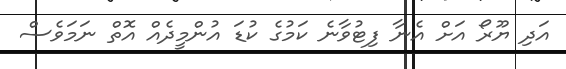
އަދި ޔޫރޯ އަށް އެނާ ފިޓުވާނެ ކަމުގެ ކުޑަ އުންމީދެއް އޮތް ނަމަވެސް